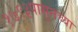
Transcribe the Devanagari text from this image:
१७९३पासूनच्या